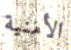
الأمنية